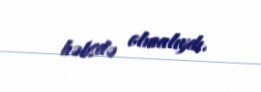
həbsdə olmalıydı.